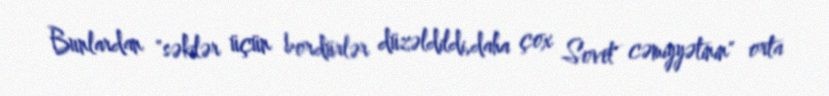
Bunlardan "səkilər üçün bordürlər düzəldildi,daha çox Sovet cəmiyyətinin" orta